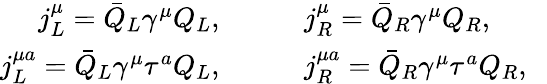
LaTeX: \begin{array}{rl}{j_{L}^{\mu}=\bar{Q}_{L}\gamma^{\mu}Q_{L},\qquad}&{j_{R}^{\mu}=\bar{Q}_{R}\gamma^{\mu}Q_{R},\qquad}\\ {j_{L}^{\mu a}=\bar{Q}_{L}\gamma^{\mu}\tau^{a}Q_{L},\qquad}&{j_{R}^{\mu a}=\bar{Q}_{R}\gamma^{\mu}\tau^{a}Q_{R},}\end{array}